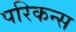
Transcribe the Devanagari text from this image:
परिकन्स